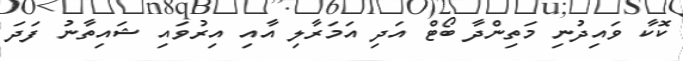
ކޮކާ ވައިދުނި މަތިންދާ ބޯޓް އަދި އަމަރާލި އާއި އިރުވައި ޝައިތާނު ފަދަ